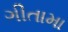
ગીતામા